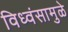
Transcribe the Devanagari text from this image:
विध्वंसामुळे